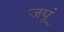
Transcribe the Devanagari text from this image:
जपूं